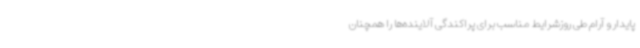
پایدار و آرام طی روزشرایط مناسب برای پراکندگی آلاینده‌ها را همچنان